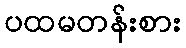
ပထမတန်းစား